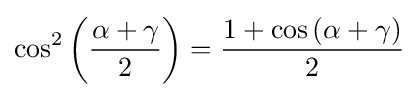
\cos ^{2}\left({\frac {\alpha +\gamma }{2}}\right)={\frac {1+\cos \left(\alpha +\gamma \right)}{2}}